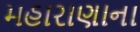
મહારાણાના